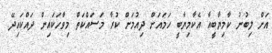
އަށް ލިބުނު ކާމިޔާބީއާ އެކާމިޔާބީ ހަމައަށް ދިއުމަށް ކުރާ މަސައްކަތް މިވާހަކައިން ދައްކައިދޭ.